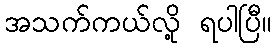
အသက်ကယ်လို့ ရပါပြီ။